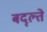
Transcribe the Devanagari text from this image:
बद्ल्ते